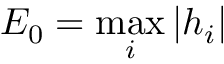
E _ { 0 } = \operatorname* { m a x } _ { i } | h _ { i } |